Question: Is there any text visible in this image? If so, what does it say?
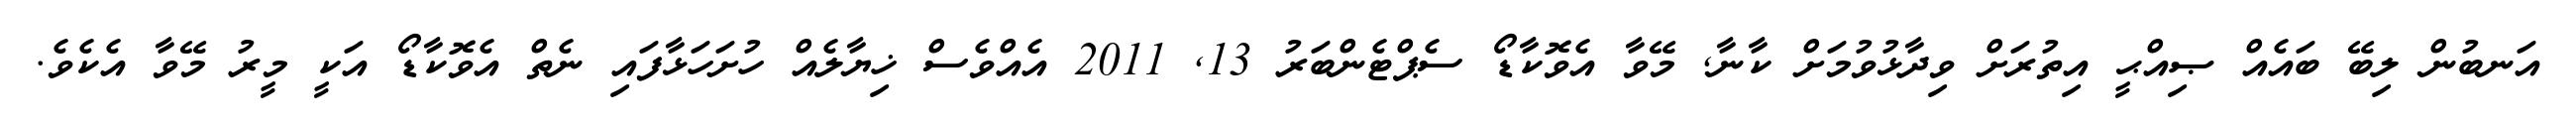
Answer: އަނބުން ލިބޭ ބައެއް ޞިއްޙީ އިތުރަށް ވިދާޅުވުމަށް ކާނާ, މޭވާ އެވޮކާޑޯ ސެޕްޓެންބަރު 13, 2011 އެއްވެސް ޚިޔާލެއް ހުށަހަޅާފައި ނެތް އެވޮކާޑޯ އަކީ މީރު މޭވާ އެކެވެ.